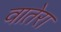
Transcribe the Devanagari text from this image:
वातेरा